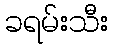
ခရမ်းသီး